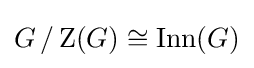
G\,/\,\mathrm {Z} (G)\cong \operatorname {Inn} (G)